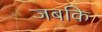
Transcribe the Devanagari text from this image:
जबकि